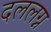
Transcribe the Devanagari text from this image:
दललग्न